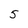
Character: 5